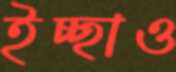
ইচ্ছাও